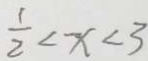
\frac { 1 } { 2 } < x < 3